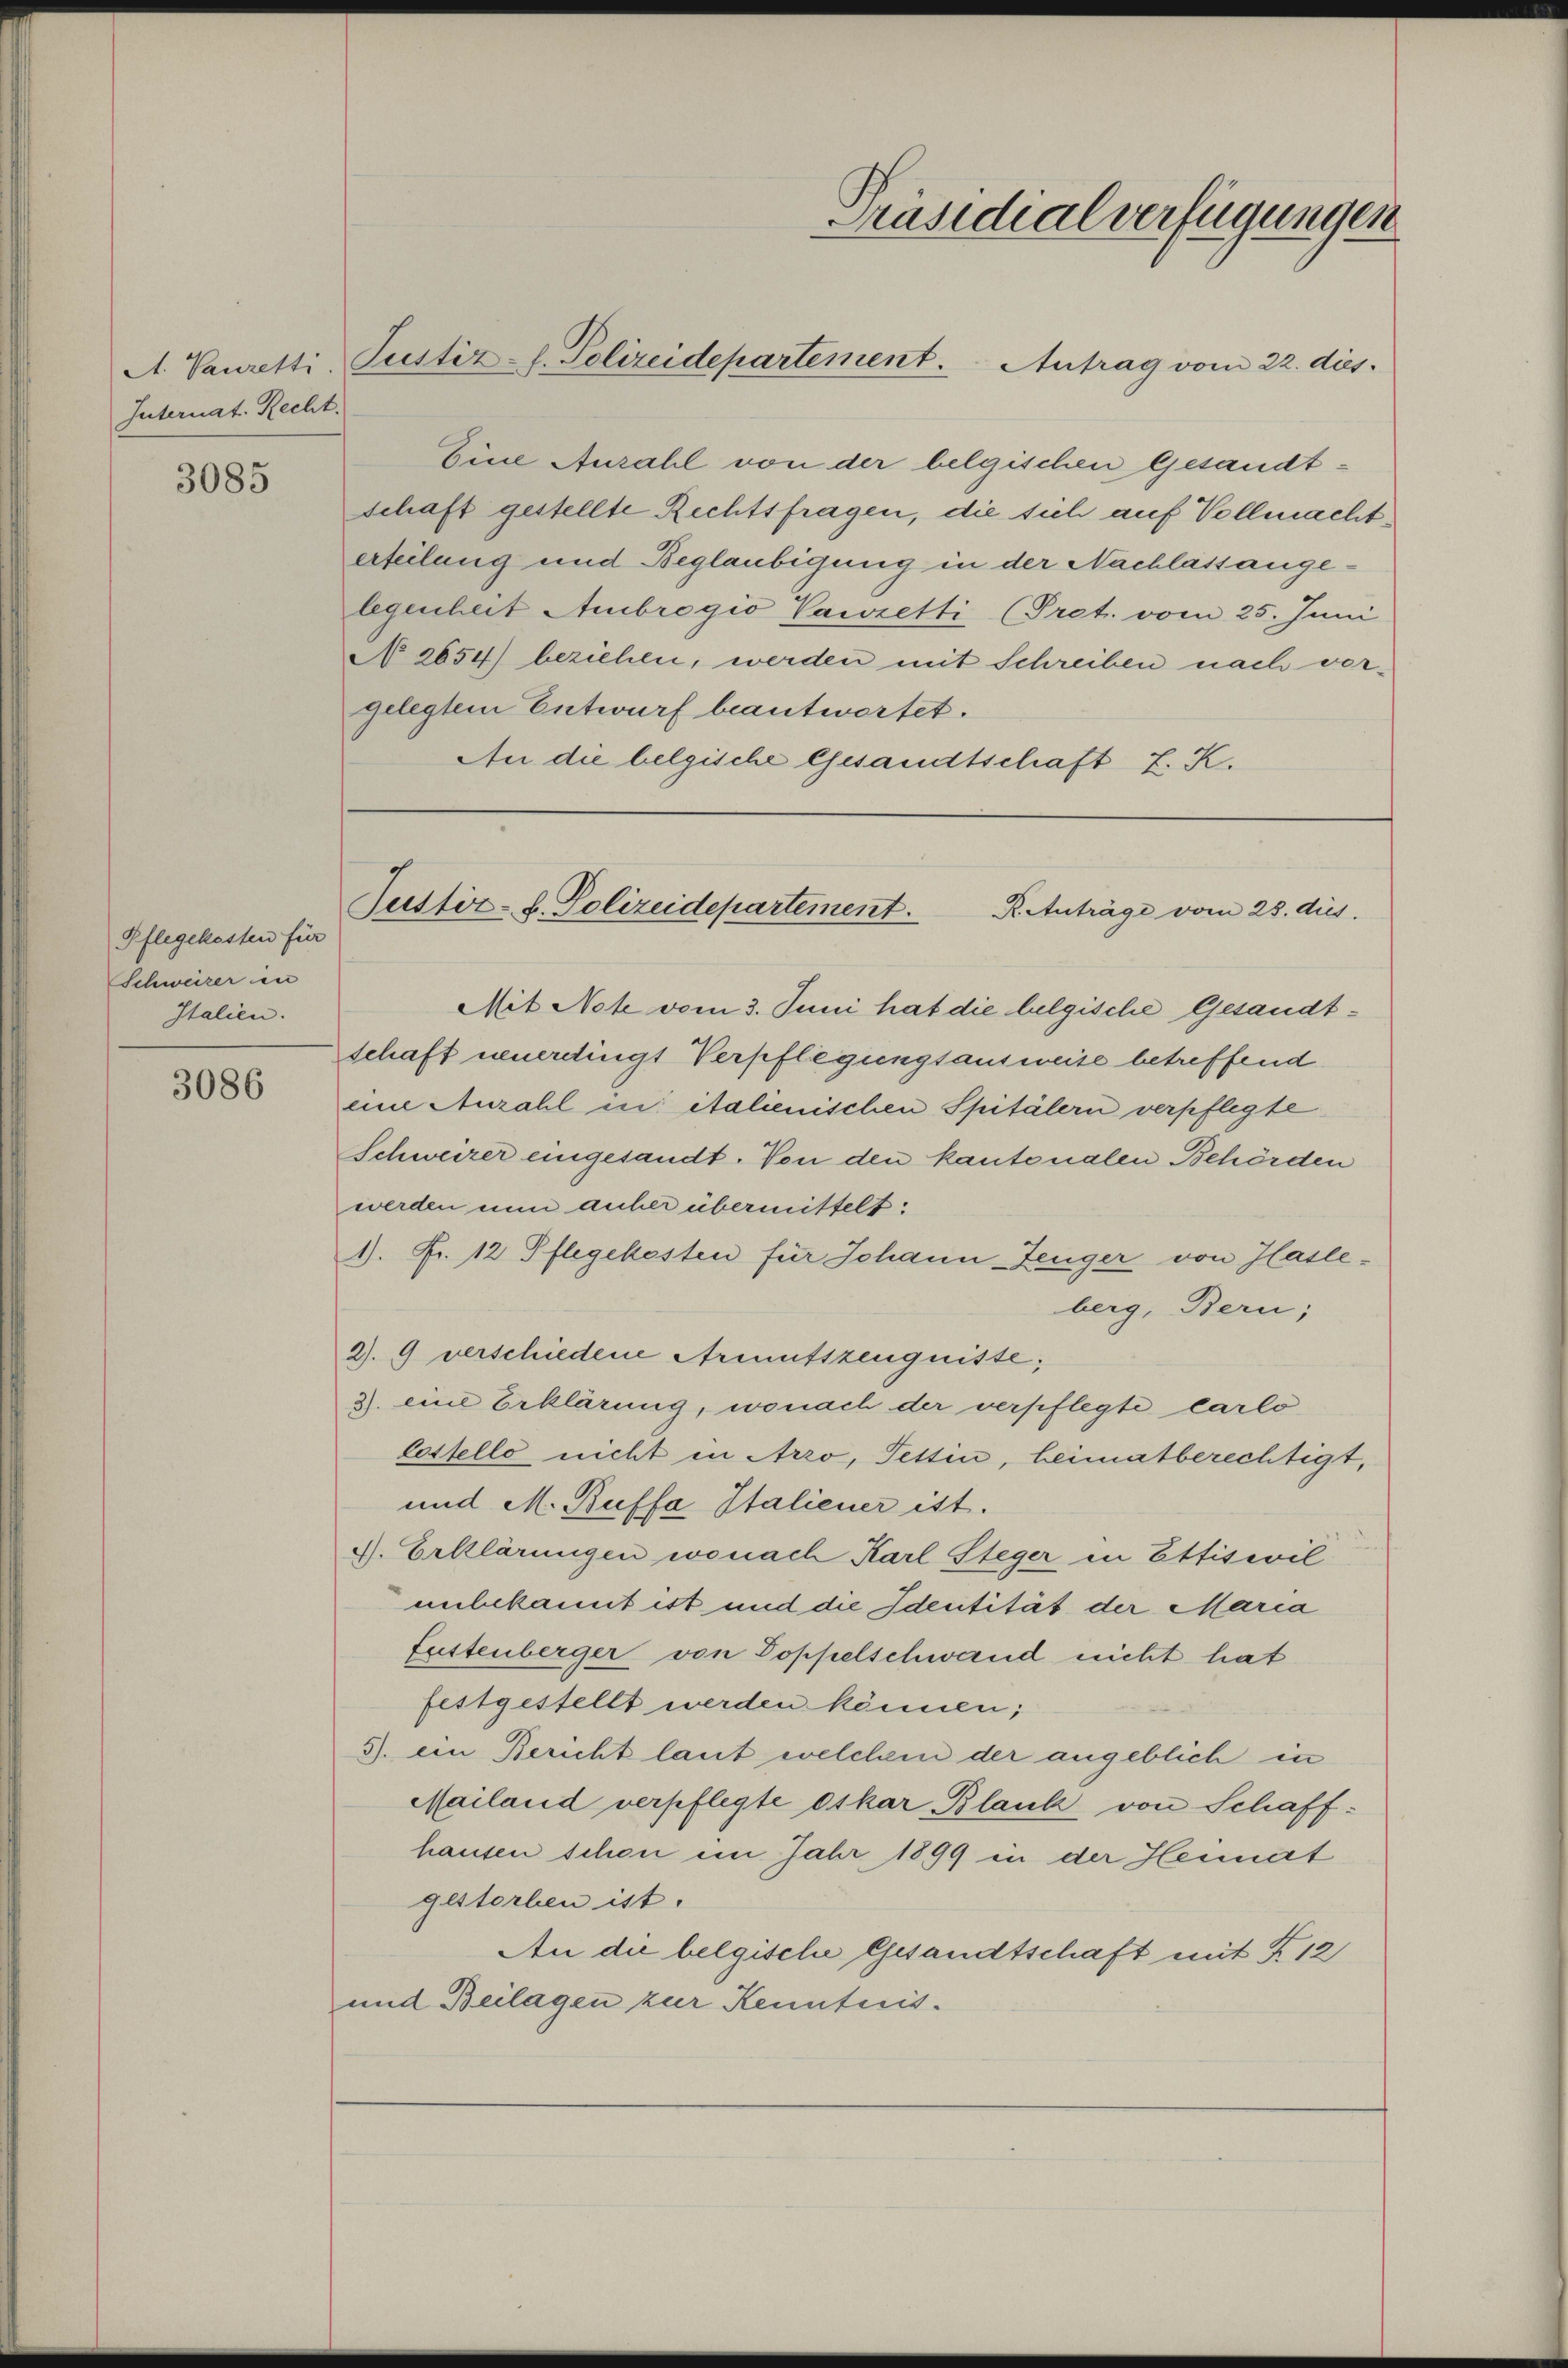
Internat. Recht.

3085

Pflegekosten für
Schweizer in
Italien.

3086

Präsidialverfügungen
A. Vauretti, Pustiz-l. Polizeidepartement. Antrag vom 22. dies

Eine Anzahl von der belgischen Gesandtschaft gestellte Rechtsfragen, die sich auf Vollmacht
erteilung und Beglaubigung in der Nachlassangelegenheit Ambrogio Pawzetti (Pret. vom 25. Juni
N 2654) beziehen, werden mit Schreiben nach ver-
gelegtem Entwurf beantwortet.
An die belgische Gesandtschaft L. K.

Justiz- u. Polizeidepartement.
R.Auträge vom 28. dies

Mit Not vom 3. Juni hat die belgische Gesandtschaft neuerdingt Verpflegungsausweise betreffend
eine Anzahl in italienischen Spitälern verpflegte
Schweizer eingesandt. Von den kantonalen Behörden
werden nun anher übermittelt:
1). Fr. 12 Pflegekosten für Johann Zeuger von Hasleberg, Bern;
2). 9 verschiedene Armutszeugnisse;
3. eine Erklärung, wonach der verpflegte Carlo
lestello nicht in Arro, Tettin, heimatberechtigt,
und M. Buffa Italiener ist.
G. Erklärungen wonach Karl Steger in Ettiswil
unbekannt ist und die Identität der Maria
Futtenberger von Doppelschwand nicht hat
festgestellt werden können;
3. ein Bericht laut welchem der angeblich in
Mailand verpflegte Oskar Blank von Schaff-
hausen schon im Jahr 1899 in der Heimat
gestorben ist.
An die belgische Gesandtschaft mit § 12
und Beilagen zur Kenntnis.